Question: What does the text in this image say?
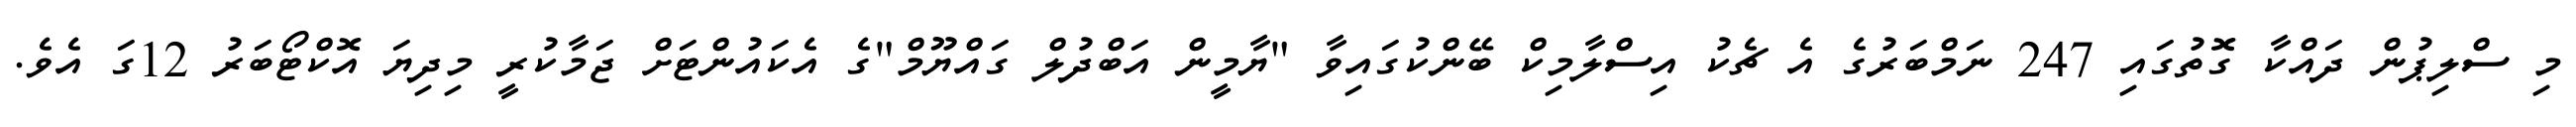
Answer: މި ސްލިޕުން ދައްކާ ގޮތުގައި 247 ނަމްބަރުގެ އެ ޗެކު އިސްލާމިކް ބޭންކުގައިވާ "ޔާމީން އަބްދުލް ގައްޔޫމް"ގެ އެކައުންޓަށް ޖަމާކުރީ މިދިޔަ އޮކްޓޯބަރު 12ގަ އެވެ.